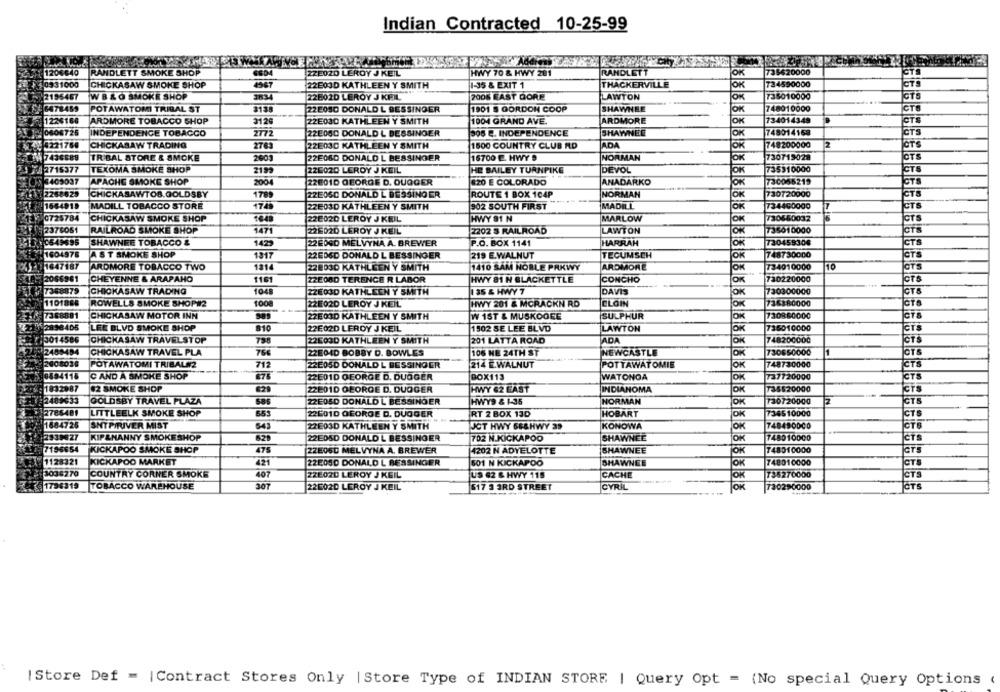
Indian Contracted 10-25-99
1204640
RANDLETT SMOKE SHOP
ZZE020 LEROY J KEIL
HWY 70 & HWY 201
RANDLETT
OK
735620000
0931000
4967
734590000
CHICKASAW SMOKE SHOP
22E03D KATHLEEN Y SMITH
1-35 & EXIT 1
THACKERVILLE
OK
2195467
W BLO SMOKE SHOP
3834
226020 LEROY J KFIL
2006 EAST QORE
LAWTON
OK
735010000
6478459
POTAWATOMI TRIBAL ST
22EOSO DONALD L BESSINGER
1901 S GORDON COOP
SHAWNEE
OK
748010000
CTS
1226168
ARDMORE TOBACCO SHOP
3126
22E030 KATHLEEN Y SMITH
1004 GRAND AVE.
ARDMORE
JOK
734014348
CTS
2772
SHAWNEE
748014168
CTS
0808725
INDEPENDENCE TOBACCO
22E060 DONALD L BESSINGER
308 E. INDEPENDENCE
JOK
CHICKASAW TRADING
2763
22E03D KATHLEEN Y SMITH
ADA
748200000
2
CTS
# 3221760
1500 COUNTRY CLUB RD
JOK
7436689
TR'BAL STORE & SMOKE
2001
22E060 DONALD L BESSINGER
16700 E. HWY .
NORMAN
730719028
CTS
2715377
TEXOMA SMOKE SHOP
2199
22E020 LEROY J KEIL
HE BAILEY TURNPIKE
DEVOL
JOK
735310000
CTS
3409037
APACHE SMOKE SHOP
200
22E01D GEORGE D. OUQGER
#20 E COLORADO
ANADARKO
JOK
730056219
CTS
2268629
CHICKASAWTOB.GOLDSBY
1789
22E060 DONALD L BESSING ER
ROUTE 1 BOX 104P
NORMAN
OK
730720000
CTS
1664919
MADILL TOBACCO STORE
1749
22E03D KATHLEEN Y SMITH
902 SOUTH FIRST
MADILL
734460000
CTS
0725784
CHICKASAW SMOKE SHOP
226020 LEROY J KEIL
HWY 81 N
MARLOW
730650032
CTS
1471
CTS
2376061
RAILROAD SMOKE SHOP
22E020 LEROY J KEIL
2202 $ RAILROAD
LAWTON
OK
735010000
SHAWNEE TOBACCO &
1429
22EDGD MELVYNA A. BREWER
HARRAH
730459308
CTS
10549695
P.O. BOX 1141
OK
1604978
AST SMOKE SHOP
1217
22EDED DONALD L BESSINGER
219 E.WALNUT
TECUMSCH
OK
748730000
GTS
1647187
ARDMORE TOBACCO TWO
121
22803D KATHLEEN Y SMITH
1410 SAM NOBLE PRKWY
ARDMORE
OK
734010000
10
CTS
2086961
CHEYENNE & ARAPAHO
1161
22E080 TERENCE R LABOR
HWY 81 N BLACKETTLE
CONCHO
JOK
730220000
CTS
7368879
CHICKASAW TRADING
1048
135 & HWY 7
DAVIS
730300000
CTS
ZZE03D KATHLEEN Y SMITH
JOK
1101888
ROWELLS SMOKE SHOP#2
1008
22802D LEROY J KEIL
HWY 201 & MCRACKN RD
CLOIN
JOK
736380000
7368881
CHICKASAW MOTOR INN
22503D KATHLEEN Y SMITH
W 1ST & MUSKOGEE
SULPHUR
JOK
730860000
CTS
52898405
LEK BLVD SMOKE SHOP
810
22E02D LEROY J KEIL
1502 SE LEE BLVD
LAWTON
JOK
736010000
CTS
3014586
CHICKASAW TRAVELSTOP
ADA
748200000
750
22E03D KATHLEEN Y SMITH
201 LATTA ROAD
JOTS
2489484
CHICKASAW TRAVEL PLA
75€
22E04D BOBBY D. BOWLES
106 NE 24TH ST
NEWCASTLE
OK
730650000
1
CTS
22008036
POTAWATOMI TRIBAL#2
712
22E05D DONALD L BESSINGER
214 E.WALNUT
POTTAWAT OMIE
JOK
748730000
CTS
0594115
C AND A SMOKE SHOP
87%
22E01D GEORGE D. DUGGER
BOX113
WATONGA
JOK
737720000
CTS
HWY 62 EAST
735520000
CTS
: 7032987
$2 SMOKE SHOP
222010 GEORGE D. DUOGER
INDIANOMA
JOK
2489633
GOLDSBY TRAVEL PLAZA
22EOSD DONALD L BESSINGER
HWY9 & 1-35
NORMAN
OK
730720000
z
CTS
2785481
LITTLEELK SMOKE SHOP
65
22601D GEORGE D. DUGGER
RT 2 BOX 13D
HOBART
JOK
734510000
CTS
1684726
SMTPIRIVER MIST
543
22E03D KATHLEEN Y SMITH
JOT HWY 68&HWY 39
KONOWA
JOK
748490000
2939427
KIPLMANNY SMOKESHOP
629
22EDSD DONALD L BESSINGER
702 N.KICKAPOO
SHAWNEE
JOK
748010000
CTS
7196654
KICKAPOO SMOKE SHOP
4202 N ADYELOTTE
SHAWNEE
748010000
CTS
ZZE06D MELVYNA A. BREWER
jÖK
1128321
KICKAPOO MARKET
421
22E050 DONALD L BESSINGER
501 N KICKAPOO
SHAWNEE
OK
748010000
CTS
3036270
COUNTRY CORNER SMOKE
407
ZZE020 LEROY J KEIL
US 62 & HWY 115
CACHE
JOR
T35270000
CTS
1796319
TOBACCO WAREHOUSE
30
226020 LEROY J KEIL
517 3 3RD STREET
CYRIL
OK
730290000
CTS
| Store Def = |Contract Stores Only | Store Type of INDIAN STORE | Query Opt = (No special Query Options